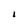
Character: 1